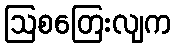
ဩစတြေးလျက